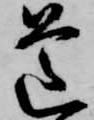
道